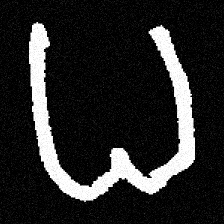
Pyu character \u2014 Myanmar letter: ဓ (romanized: dha)